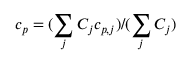
c _ { p } = ( \sum _ { j } C _ { j } c _ { p , j } ) / ( \sum _ { j } C _ { j } )